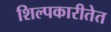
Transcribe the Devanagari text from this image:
शिल्पकारीतेत